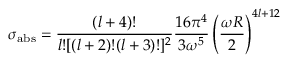
\sigma _ { \mathrm { a b s } } = \frac { ( l + 4 ) ! } { l ! [ ( l + 2 ) ! ( l + 3 ) ! ] ^ { 2 } } \frac { 1 6 \pi ^ { 4 } } { 3 \omega ^ { 5 } } \left( \frac { \omega R } { 2 } \right) ^ { 4 l + 1 2 }